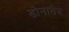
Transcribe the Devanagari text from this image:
डोनातेद